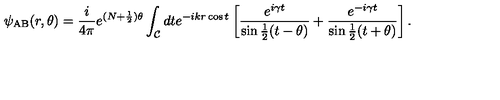
\psi _ { \mathrm { A B } } ( r , \theta ) = { \frac { i } { 4 \pi } } e ^ { ( N + { \frac { 1 } { 2 } } ) \theta } \int _ { \cal C } d t e ^ { - i k r \cos t } \left[ { \frac { e ^ { i \gamma t } } { \sin { \frac { 1 } { 2 } } ( t - \theta ) } } + { \frac { e ^ { - i \gamma t } } { \sin { \frac { 1 } { 2 } } ( t + \theta ) } } \right] .